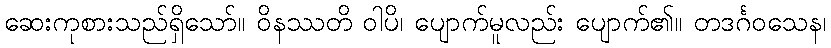
ဆေးကုစားသည်ရှိသော်။ ဝိနဿတိ ဝါပိ၊ ပျောက်မူလည်း ပျောက်၏။ တဒင်္ဂဝသေန၊